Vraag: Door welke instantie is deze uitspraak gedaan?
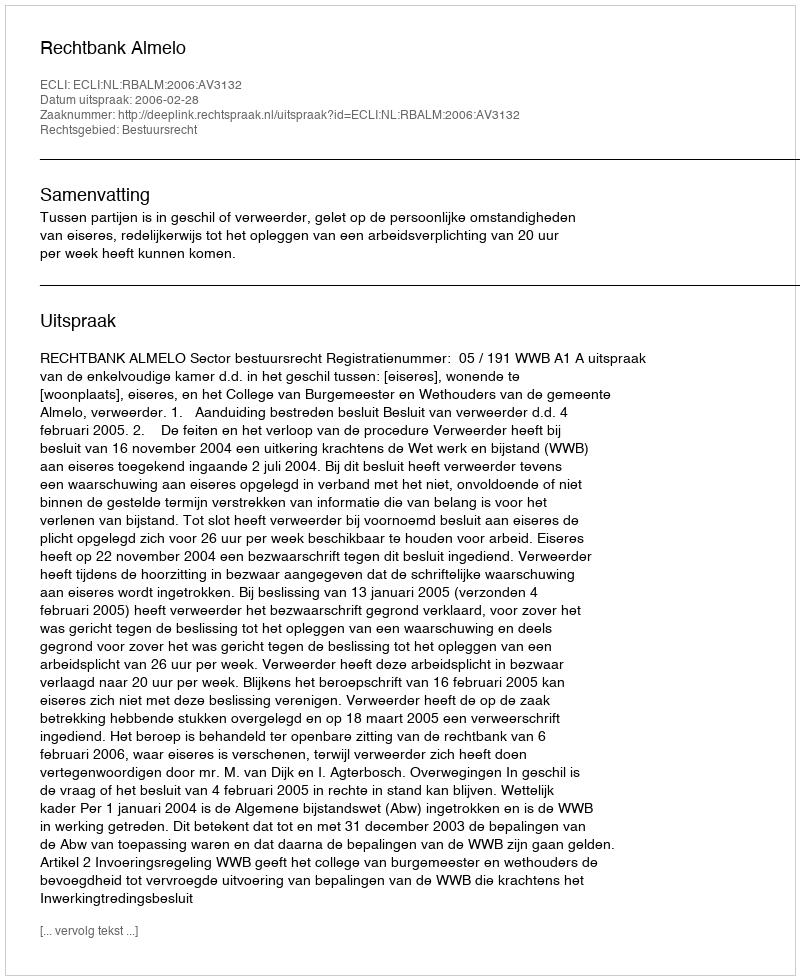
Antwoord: Rechtbank Almelo